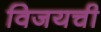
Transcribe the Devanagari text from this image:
विजयची